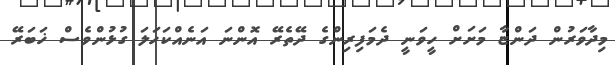
މިދާވަރުން ދަންޏާ މަށަށް ހީވަނީ ދެމަފިރިންގެ ދޭތެރޭ އޮންނަ އަނެއްކަހަލަ ގުޅުންވެސް ޚަބަރޭ